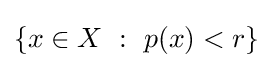
\{x\in X~:~p(x)<r\}